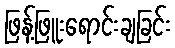
ဖြန့်ဖြူးရောင်းချခြင်း